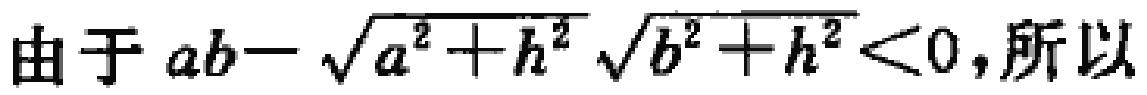
由于 \(ab - \sqrt{a^{2}+h^{2}}\sqrt{b^{2}+h^{2}} < 0\)，所以